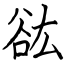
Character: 谹